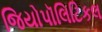
જિયોપૉલિટિકલ